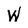
Character: W